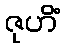
ဇုဟိံ